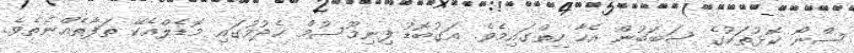
ސްނޯ ކޮޅުތަކުގެ ސަބަބުން އެހާ ހިތްގައިމެވެ. އަގުބޮޑު ފިނިމޫސުމް ހެދުމުގައި މޮޑެލްއެކޭ ތަފާތެއްނެތެވެ.